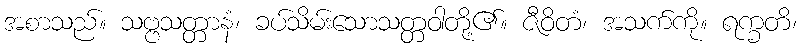
အစာသည်။ သဗ္ဗသတ္တာနံ၊ ခပ်သိမ်းသောသတ္တဝါတို့၏။ ဇီဝိတံ၊ အသက်ကို။ ရက္ခတိ၊